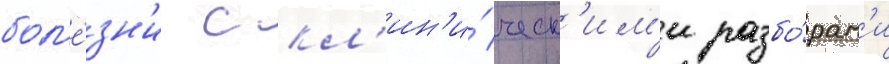
бол'е́зн'и с кл'ин'и́ческ'им'и разбо́рам'и